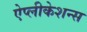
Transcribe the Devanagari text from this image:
ऐप्लीकेशन्स